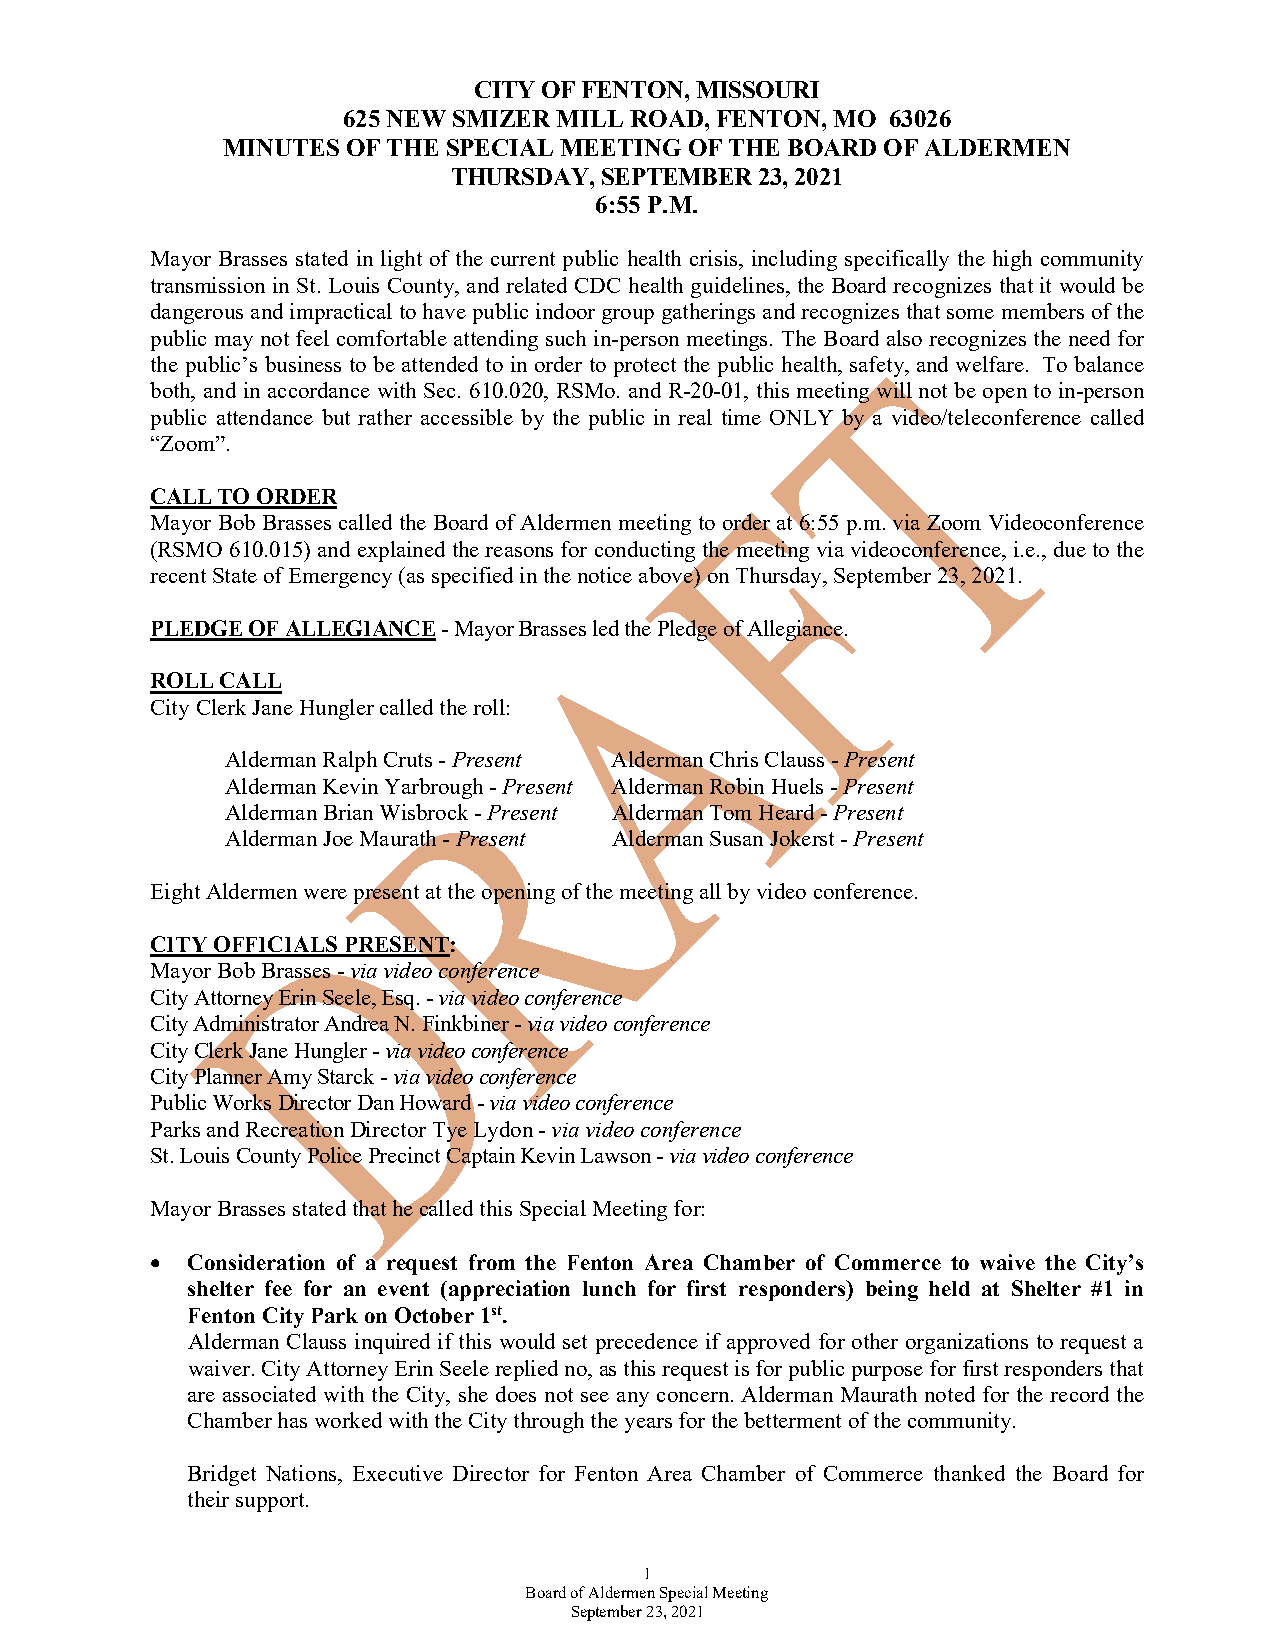
CITY OF FENTON, MISSOURI
 625 NEW SMIZER MILL ROAD, FENTON, MO 63026
 MINUTES OF THE SPECIAL MEETING OF THE BOARD OF ALDERMEN
 THURSDAY, SEPTEMBER 23, 2021
 6:55 P.M.
 Mayor Brasses stated in light of the current public health crisis, including specifically the high community
 transmission in St. Louis County, and related CDC health guidelines, the Board recognizes that it would be
 dangerous and impractical to have public indoor group gatherings and recognizes that some members of the
 public may not feel comfortable attending such in-person meetings. The Board also recognizes the need for
 the public’s business to be attended to in order to protect the public health, safety, and welfare. To balance
 both, and in accordance with Sec. 610.020, RSMo. and R-20-01, this meeting will not be open to in-person
 public attendance but rather accessible by the public in real time ONLY by a video/teleconference called
 “Zoom”.
 CALL TO ORDER
 Mayor Bob Brasses called the Board of Aldermen meeting to order at 6:55 p.m. via Zoom Videoconference
 (RSMO 610.015) and explained the reasons for conducting the meeting via videoconference, i.e., due to the
 recent State of Emergency (as specified in the notice above) on Thursday, September 23, 2021.
 PLEDGE OF ALLEGIANCE - Mayor Brasses led the Pledge of Allegiance.
 ROLL CALL
 City Clerk Jane Hungler called the roll:
 Alderman Ralph Cruts - Present Alderman Chris Clauss - Present
 Alderman Kevin Yarbrough - Present Alderman Robin Huels - Present
 Alderman Brian Wisbrock - Present Alderman Tom Heard - Present
 Alderman Joe Maurath - Present Alderman Susan Jokerst - Present
 Eight Aldermen were present at the opening of the meeting all by video conference.
 CITY OFFICIALS PRESENT:
 Mayor Bob Brasses - via video conference
 City Attorney Erin Seele, Esq. - via video conference
 City Administrator Andrea N. Finkbiner - via video conference
 City Clerk Jane Hungler - via video conference
 City Planner Amy Starck - via video conference
 Public Works Director Dan Howard - via video conference
 Parks and Recreation Director Tye Lydon - via video conference
 St. Louis County Police Precinct Captain Kevin Lawson - via video conference
 Mayor Brasses stated that he called this Special Meeting for:
 • Consideration of a request from the Fenton Area Chamber of Commerce to waive the City’s
 shelter fee for an event (appreciation lunch for first responders) being held at Shelter #1 in
 Fenton City Park on October 1st.
 Alderman Clauss inquired if this would set precedence if approved for other organizations to request a
 waiver. City Attorney Erin Seele replied no, as this request is for public purpose for first responders that
 are associated with the City, she does not see any concern. Alderman Maurath noted for the record the
 Chamber has worked with the City through the years for the betterment of the community.
 Bridget Nations, Executive Director for Fenton Area Chamber of Commerce thanked the Board for
 their support.
 1
 Board of Aldermen Special Meeting
 September 23, 2021